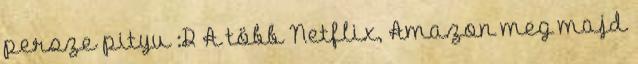
persze pityu :D A több Netflix, Amazon meg majd